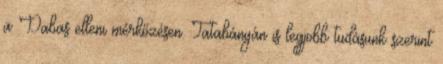
a Dabas elleni mérkőzésen. Tatabányán is legjobb tudásunk szerint